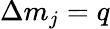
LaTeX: \Delta m_{j}=q